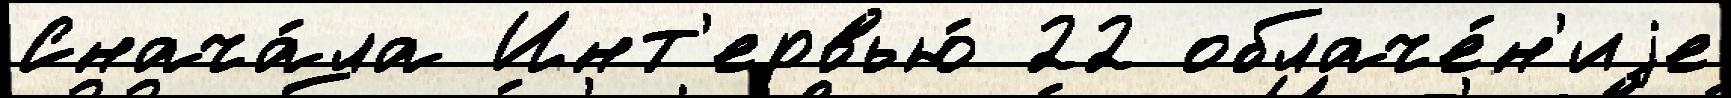
Снача́ла Инт'ервью́ 22 облаче́н'иjе